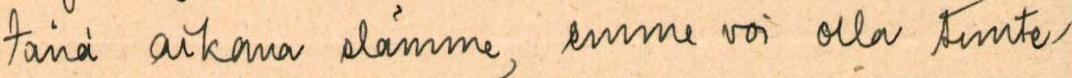
tänä aikana elämme, emme voi olla tunte-